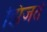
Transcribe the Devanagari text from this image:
झिजते